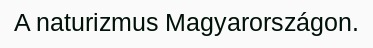
A naturizmus Magyarországon.